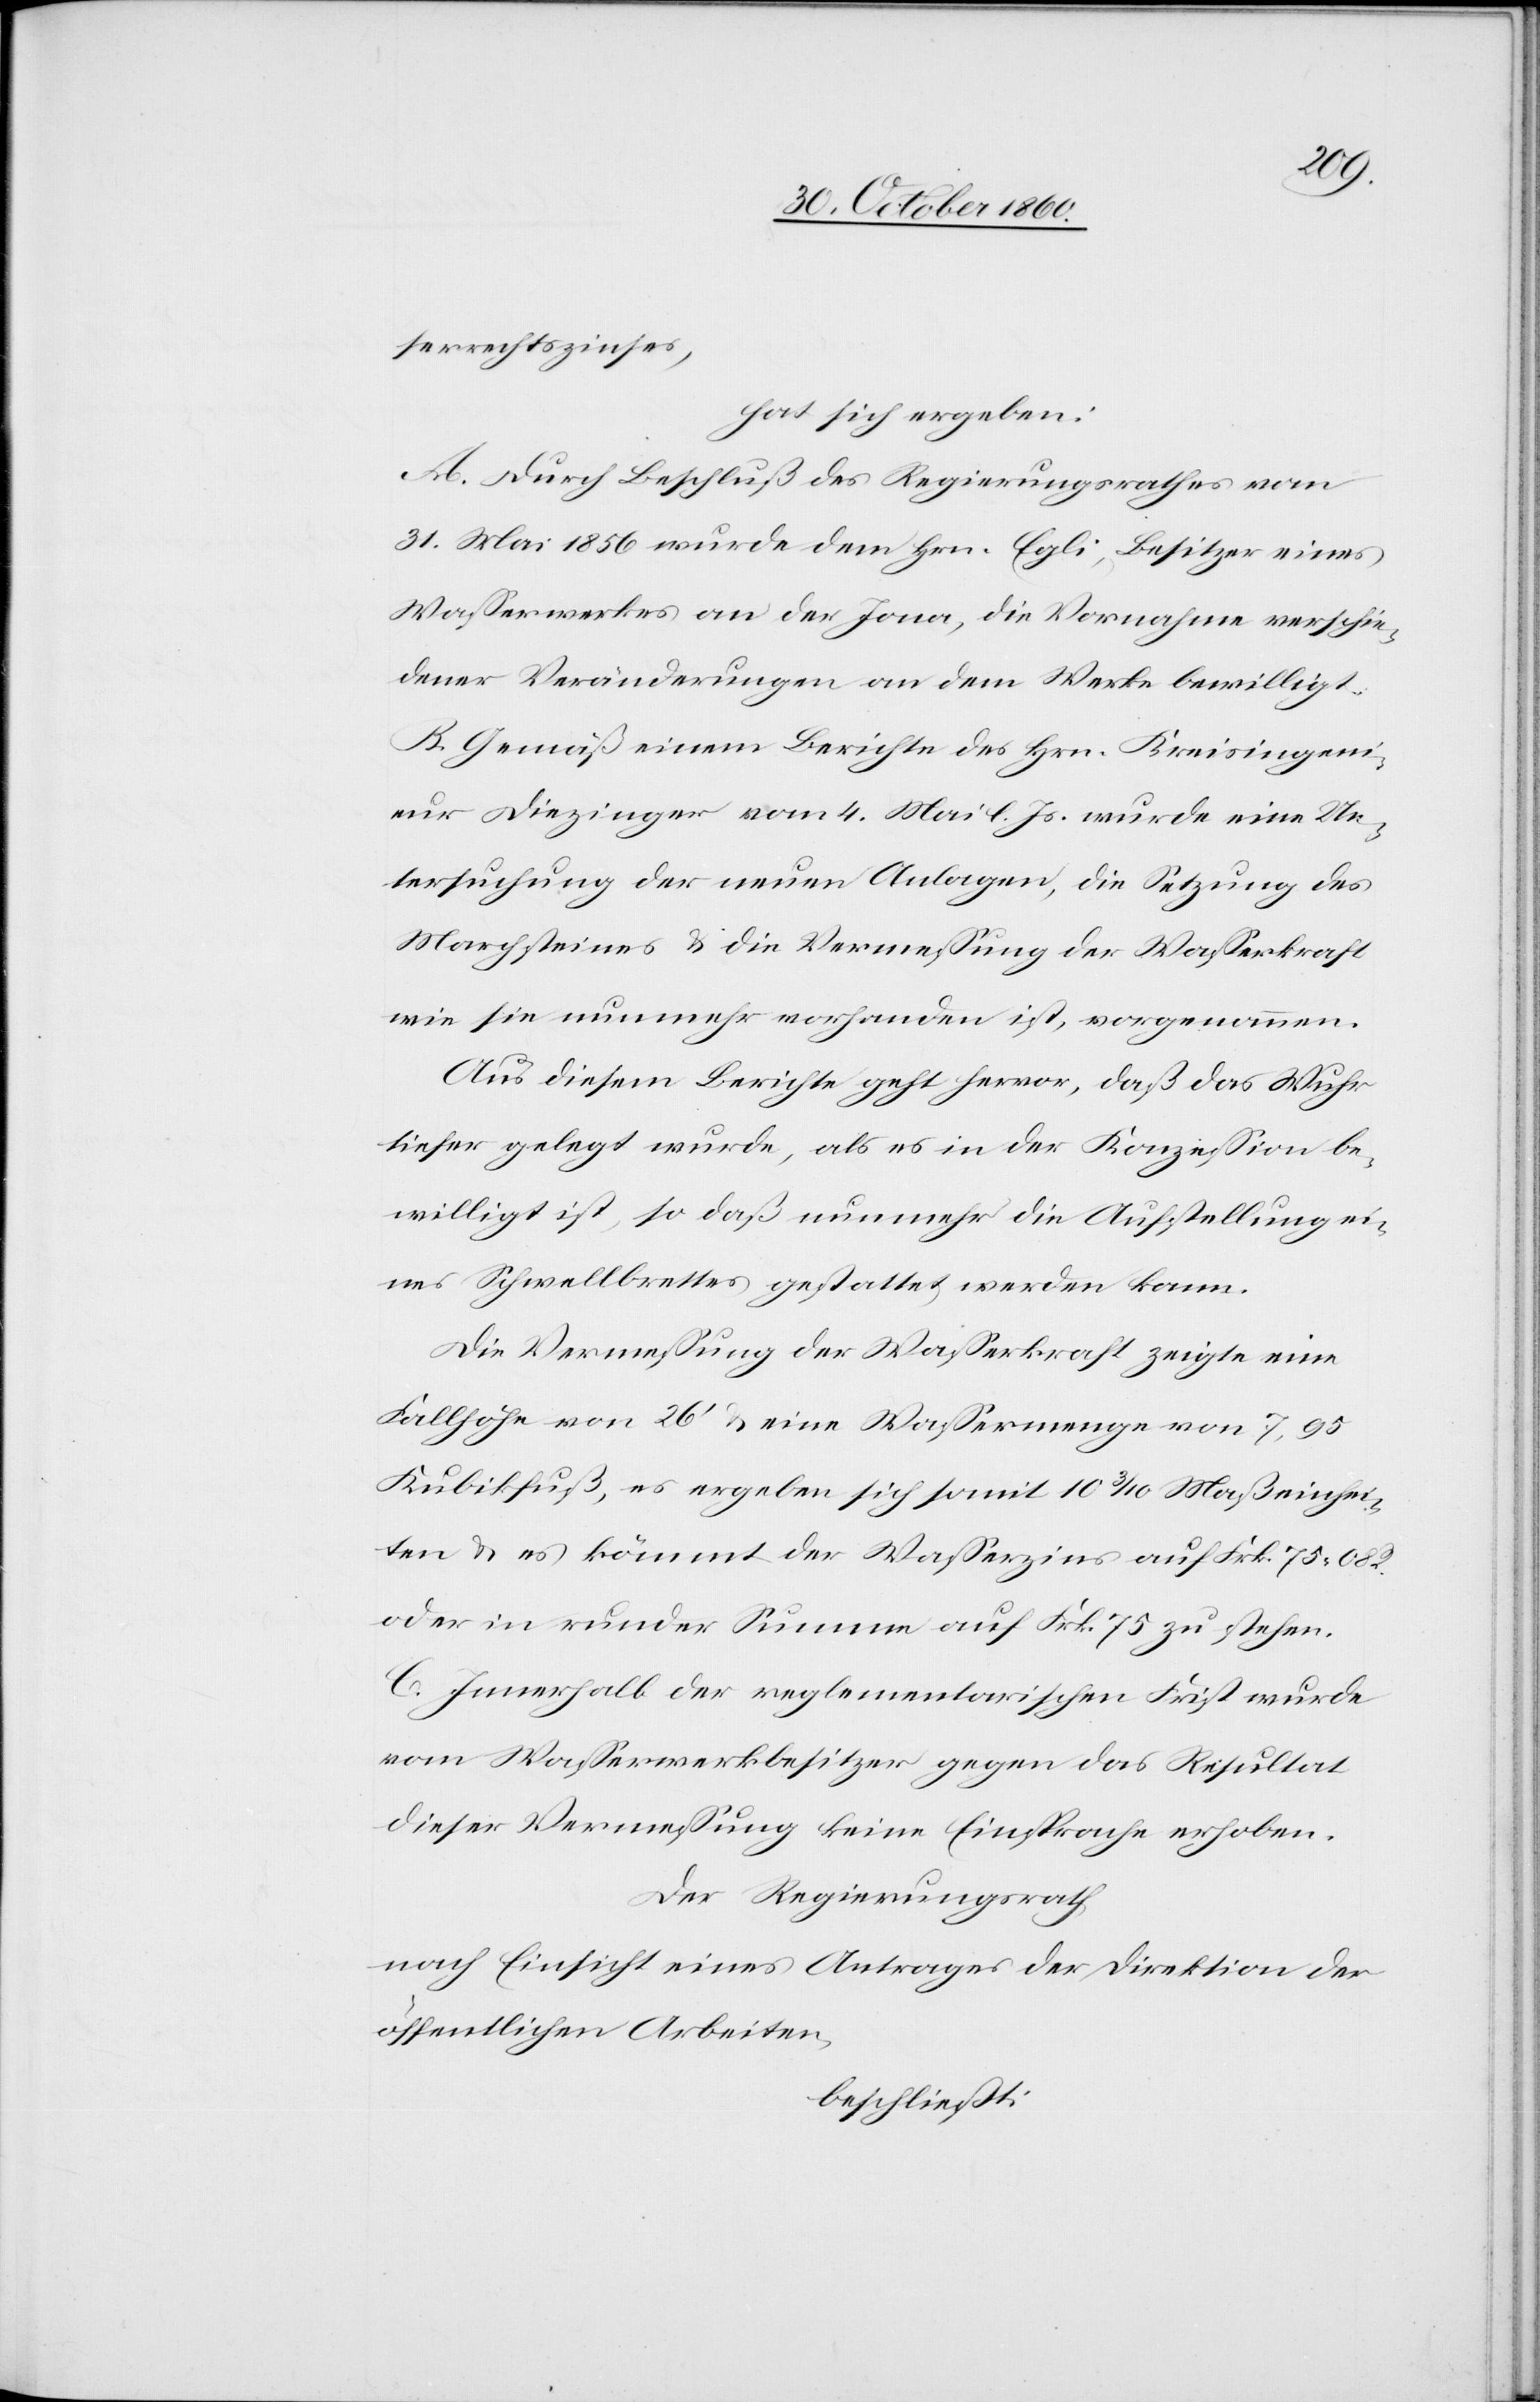
serrechtszinses,
hat sich ergeben:
A. Durch Beschluß des Regierungsrathes vom
31. Mai 1856 wurde dem Hrn. Egli, Besitzer eines
Wasserwerkes an der Jona, die Vornahme verschie¬
dener Veränderungen an dem Werke bewilligt.
B. Gemäß einem Berichte des Hrn. Kreisingeni¬
eur Diezinger vom 4. Mai l. Js. wurde eine Un¬
tersuchung der neuen Anlagen, die Setzung des
Marchsteines u. die Vermessung der Wasserkraft
wie sie nunmehr vorhanden ist, vorgenommen.
Aus diesem Berichte geht hervor, daß das Wuhr
tiefer gelegt wurde, als es in der Konzession be¬
willigt ist, so daß nunmehr die Aufstellung ei¬
nes Schwellbrettes gestattet werden kann.
Die Vermessung der Wasserkraft zeigte eine
Fallhöhe von 26’ u. eine Wassermenge von 7,95
Kubikfuß, es ergeben sich somit 10 3/10 Maßeinhei¬
ten u. es kömmt der Wasserzins auf Frk. 75 08
oder in runder Summe auf Frk. 75 zu stehen.
C. Innerhalb der reglementarischen Frist wurde
vom Wasserwerksbesitzer gegen das Resultat
dieser Vermessung keine Einsprache erhoben.
Der Regierungsrath,
nach Einsicht eines Antrages der Direktion der
öffentlichen Arbeiten,
beschließt: